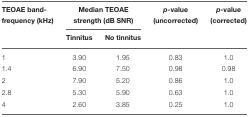
<table><thead><tr><td><b>TEOAE band-frequency (kHz)</b></td><td colspan="2"><b>Median TEOAE strength (dB SNR)</b></td><td><b><i>p</i>-value (uncorrected)</b></td><td><b><i>p</i>-value (corrected)</b></td></tr><tr><td></td><td><b>Tinnitus</b></td><td><b>No tinnitus</b></td><td></td><td></td></tr></thead><tbody><tr><td>1</td><td>3.90</td><td>1.95</td><td>0.83</td><td>1.0</td></tr><tr><td>1.4</td><td>6.90</td><td>7.50</td><td>0.98</td><td>0.98</td></tr><tr><td>2</td><td>7.90</td><td>5.20</td><td>0.86</td><td>1.0</td></tr><tr><td>2.8</td><td>5.30</td><td>5.90</td><td>0.63</td><td>1.0</td></tr><tr><td>4</td><td>2.60</td><td>3.85</td><td>0.25</td><td>1.0</td></tr></tbody></table>